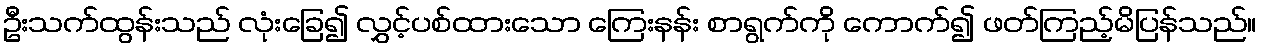
ဦးသက်ထွန်းသည် လုံးခြေ၍ လွှင့်ပစ်ထားသော ကြေးနန်း စာရွက်ကို ကောက်၍ ဖတ်ကြည့်မိပြန်သည်။